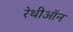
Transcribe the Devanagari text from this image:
रेथीऑन